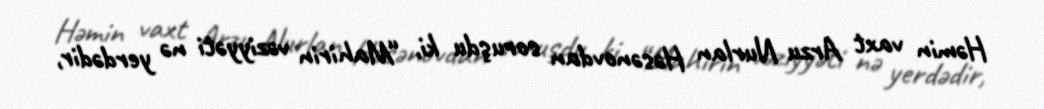
Həmin vaxt Arzu Nurlan Həsənovdan soruşdu ki, “Mahirin vəziyyəti nə yerdədir,